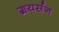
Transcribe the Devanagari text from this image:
ग्रयर्सन